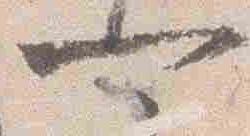
可